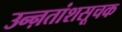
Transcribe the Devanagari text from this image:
उन्ऩतांशसूचक